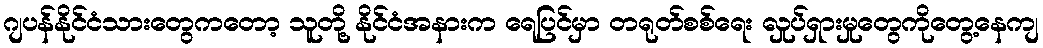
ဂျပန်နိုင်ငံသားတွေကတော့ သူတို့ နိုင်ငံအနားက ရေပြင်မှာ တရုတ်စစ်ရေး လှုပ်ရှားမှုတွေကိုတွေ့နေကျ